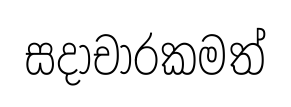
සදාචාරකමත්